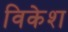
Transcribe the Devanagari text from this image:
विकेश